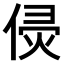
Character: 𠊸